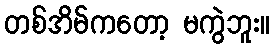
တစ်အိမ်ကတော့ မကွဲဘူး။